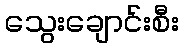
သွေးချောင်းစီး